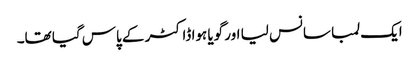
ایک لمبا سانس لیا اور گویا ہوا ڈاکٹر کے پاس گیا تھا۔